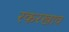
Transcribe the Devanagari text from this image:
रकरखाव